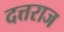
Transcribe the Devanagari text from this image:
दत्तराज